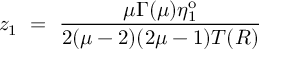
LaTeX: z _ { 1 } ~ = ~ \frac { \mu \Gamma ( \mu ) \eta _ { 1 } ^ { \mathrm { o } } } { 2 ( \mu - 2 ) ( 2 \mu - 1 ) T ( R ) }